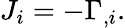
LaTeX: J_{i}=-\Gamma_{,i}.